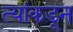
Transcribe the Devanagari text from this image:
त्यांकडून